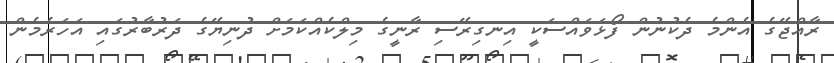
ރާއްޖޭގެ އެންމެ ދެކުނުން ފޯޅަވައްސަކީ އިނގިރޭސި ރާނީގެ މިލްކެއްކަމަށް ދުނިޔޭގެ ދަރުބާރުގައި އަހަރެމެން